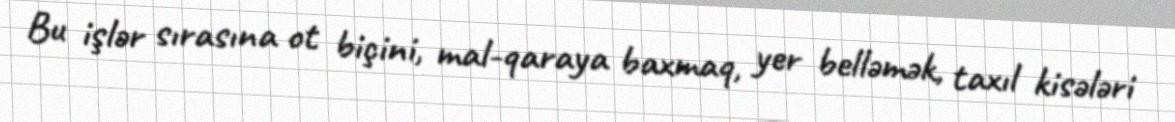
Bu işlər sırasına ot biçini, mal-qaraya baxmaq, yer belləmək, taxıl kisələri